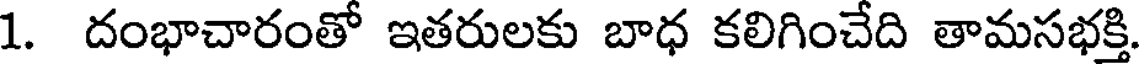
1. దంభాచారంతో ఇతరులకు బాధ కలిగించేది తామసభక్తి